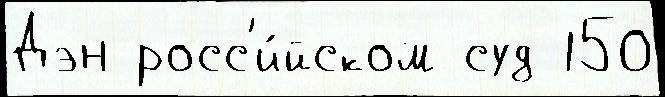
Дэн росс'и́йском суд 150